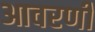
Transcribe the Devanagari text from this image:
आवरणी